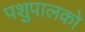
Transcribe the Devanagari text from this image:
पशुपालको